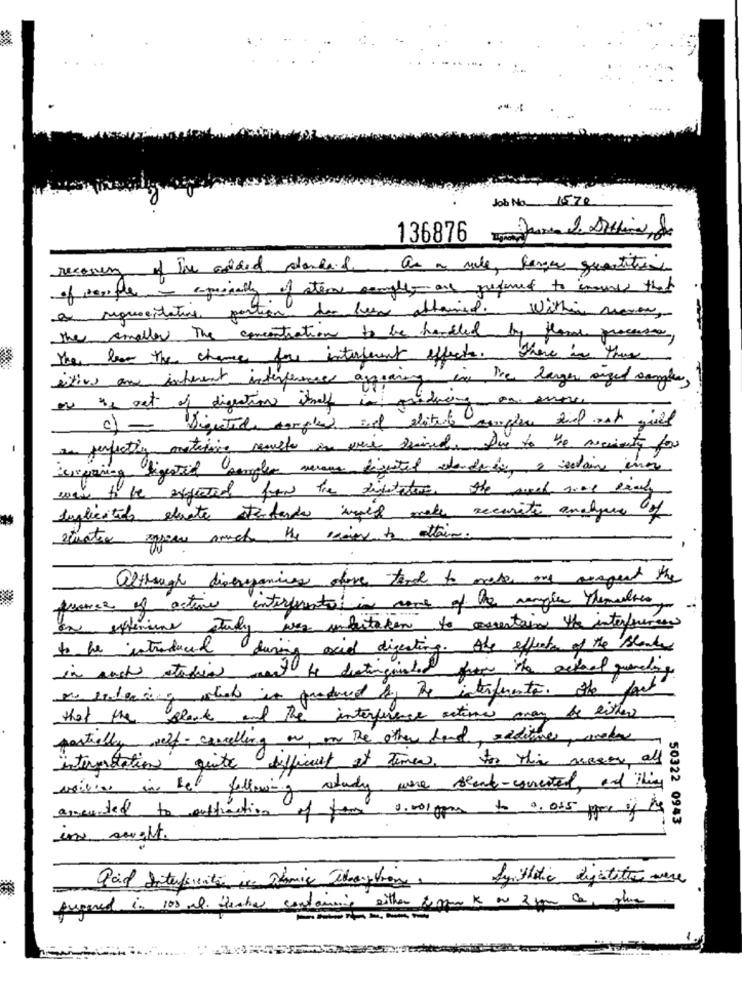
Job No. 1570
136876 June de Stine, de
recovery of The esided danke &
as a male, lave quantities
of people - againally of stem samples are preferred to insure that
a representative portion du been attained. within menos,
the smaller The concentration to be handled by flow process,
The less the chance for interferent effects. There in these
cities and inherent interference aggraning in Pre larger orged sangier,
on the set of digestion itself in producing an error
In perfecting contacting mecuste in ward desined. Due to the mecienty for
spring digestif semplice serena directed dendries a solaire enon
wow to be expected from the disstater. the such some Realy
Inglicatids elevate standards iges make security analyse of
sinater open much the river to attain.
although discrepancies chave tend to make any arspent the
-
france of action interferentatin come of the samples themaltes
one externe study was invitation to certain the interferen
to be introduced during acid digesting. the effects of the Blanks
in such stadig want to distinguiated from the actual quenching
so sicleaning what is produced by the interferente. the fact
that the Black and the interference actions may be either
partially self- cancelling or on the other hand, additives macedon
interpretation quite difficult at Times, for this seems all
usilies in het following study were stand-connected, and this
amounted to outfraction of fam 0.morgen to 0. 055 por if
50322 0943
Paid Interferentie is Ramice alberghion
Synthetic digatitie were
Angered in 100 ml. teater containing either & park on 3 pm ce, plus